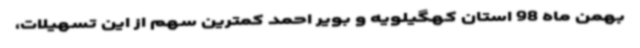
بهمن ماه 98 استان کهگیلویه و بویر احمد کمترین سهم از این تسهیلات،